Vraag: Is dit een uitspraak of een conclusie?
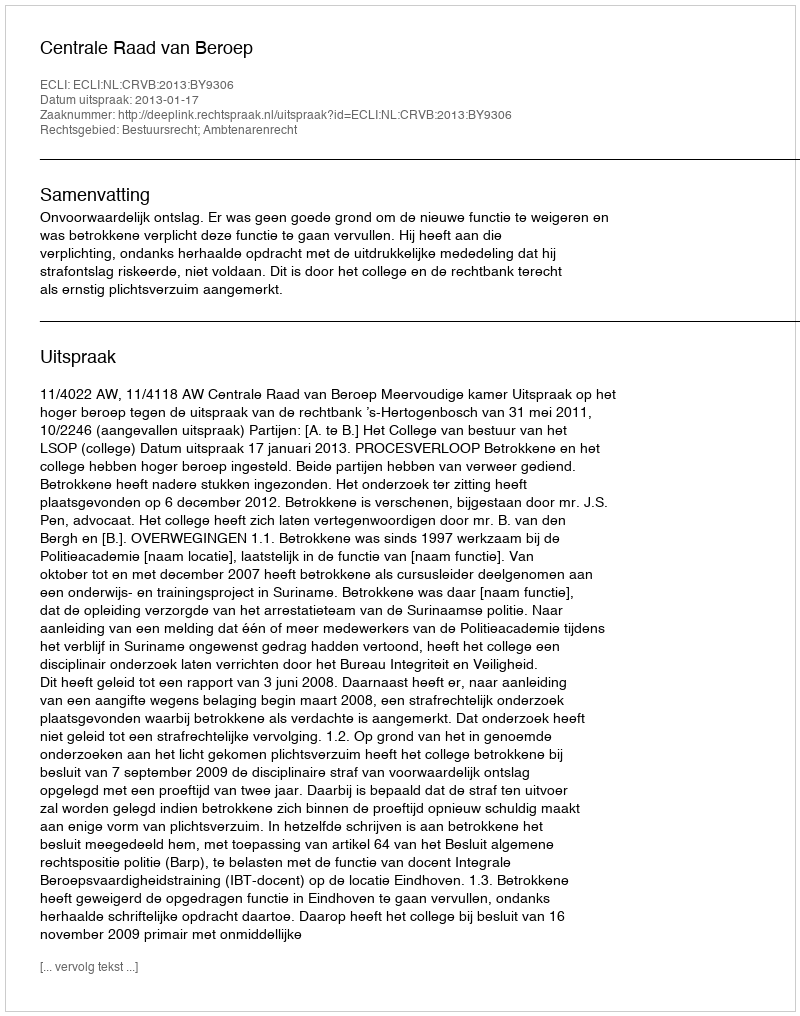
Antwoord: Uitspraak